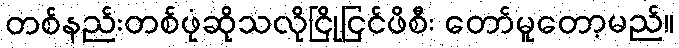
တစ်နည်းတစ်ဖုံဆိုသလိုငြိုငြင်ဖိစီး တော်မူတော့မည်။